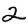
Digit: 2